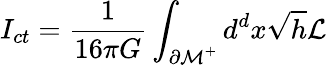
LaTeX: I_{ct}=\frac{1}{16\pi G}\int_{{\cal\partial M}^{+}}d^{d}x\sqrt{h}{\cal L}